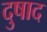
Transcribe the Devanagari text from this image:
दुषाद